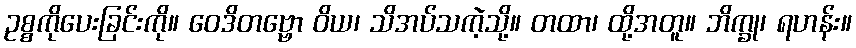
ဥစ္စကိုပေးခြင်းကို။ ဝေဒိတဗ္ဗော ဝိယ၊ သိအပ်သကဲ့သို့။ တထာ၊ ထို့အတူ။ ဘိက္ခု၊ ရဟန်း။